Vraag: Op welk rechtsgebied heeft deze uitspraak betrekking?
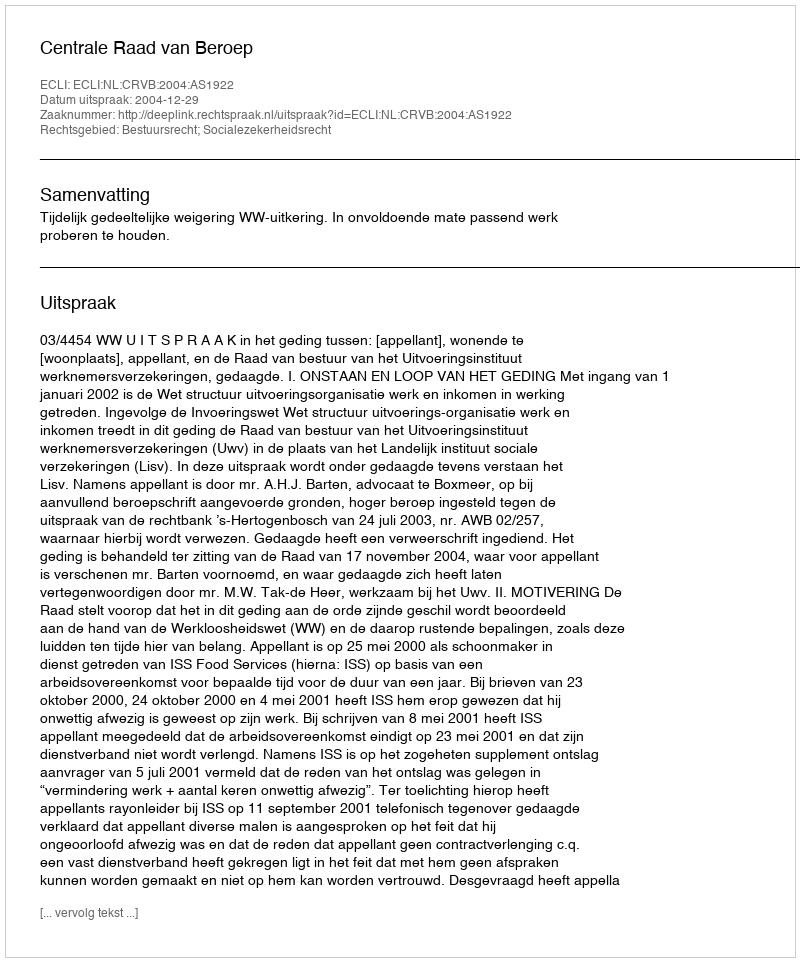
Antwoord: Bestuursrecht; Socialezekerheidsrecht